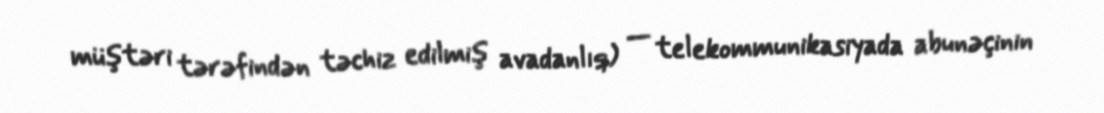
müştəri tərəfindən təchiz edilmiş avadanlıq) — telekommunikasiyada abunəçinin